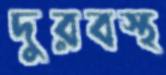
দুরবস্থ